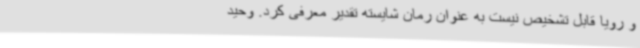
و رویا قابل تشخیص نیست به عنوان رمان شایسته‌ تقدیر معرفی کرد. وحید